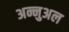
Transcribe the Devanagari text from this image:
अन्नुअल